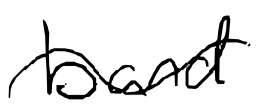
Text: band
Cross-out: wave
Writing tool: digital_black